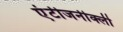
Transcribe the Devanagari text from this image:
एंटीजनीक्ली